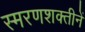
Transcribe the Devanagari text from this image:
स्मरणशक्तीनें